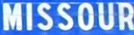
MISSOURI